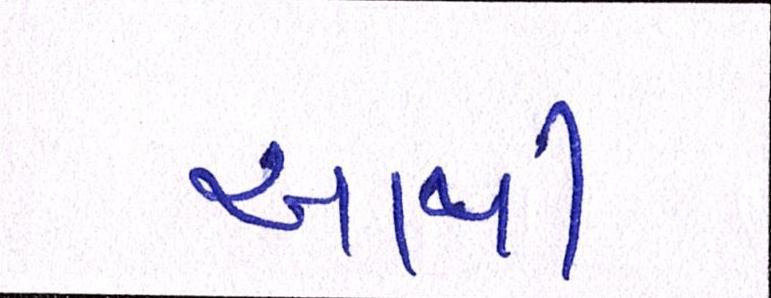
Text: આથી